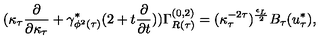
( \kappa _ { \tau } \frac { \partial } { \partial \kappa _ { \tau } } + \gamma _ { \phi ^ { 2 } ( \tau ) } ^ { * } ( 2 + t \frac { \partial } { \partial t } ) ) \Gamma _ { R ( \tau ) } ^ { ( 0 , 2 ) } = ( \kappa _ { \tau } ^ { - 2 \tau } ) ^ { \frac { \epsilon _ { L } } { 2 } } B _ { \tau } ( u _ { \tau } ^ { * } ) ,